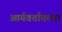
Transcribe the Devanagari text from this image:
आर्यवर्तातल्या